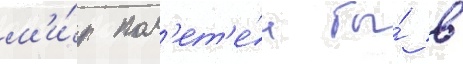
м'и́р пол'ет'е́л бы́ в